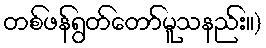
တစ်ဖန်ရွတ်တော်မူသနည်း။)